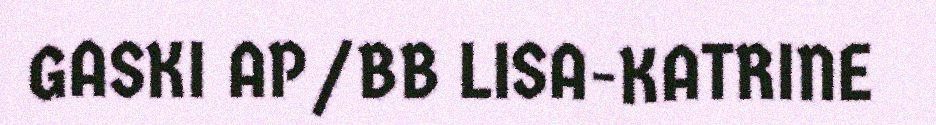
GASKI AP/BB LISA-KATRINE